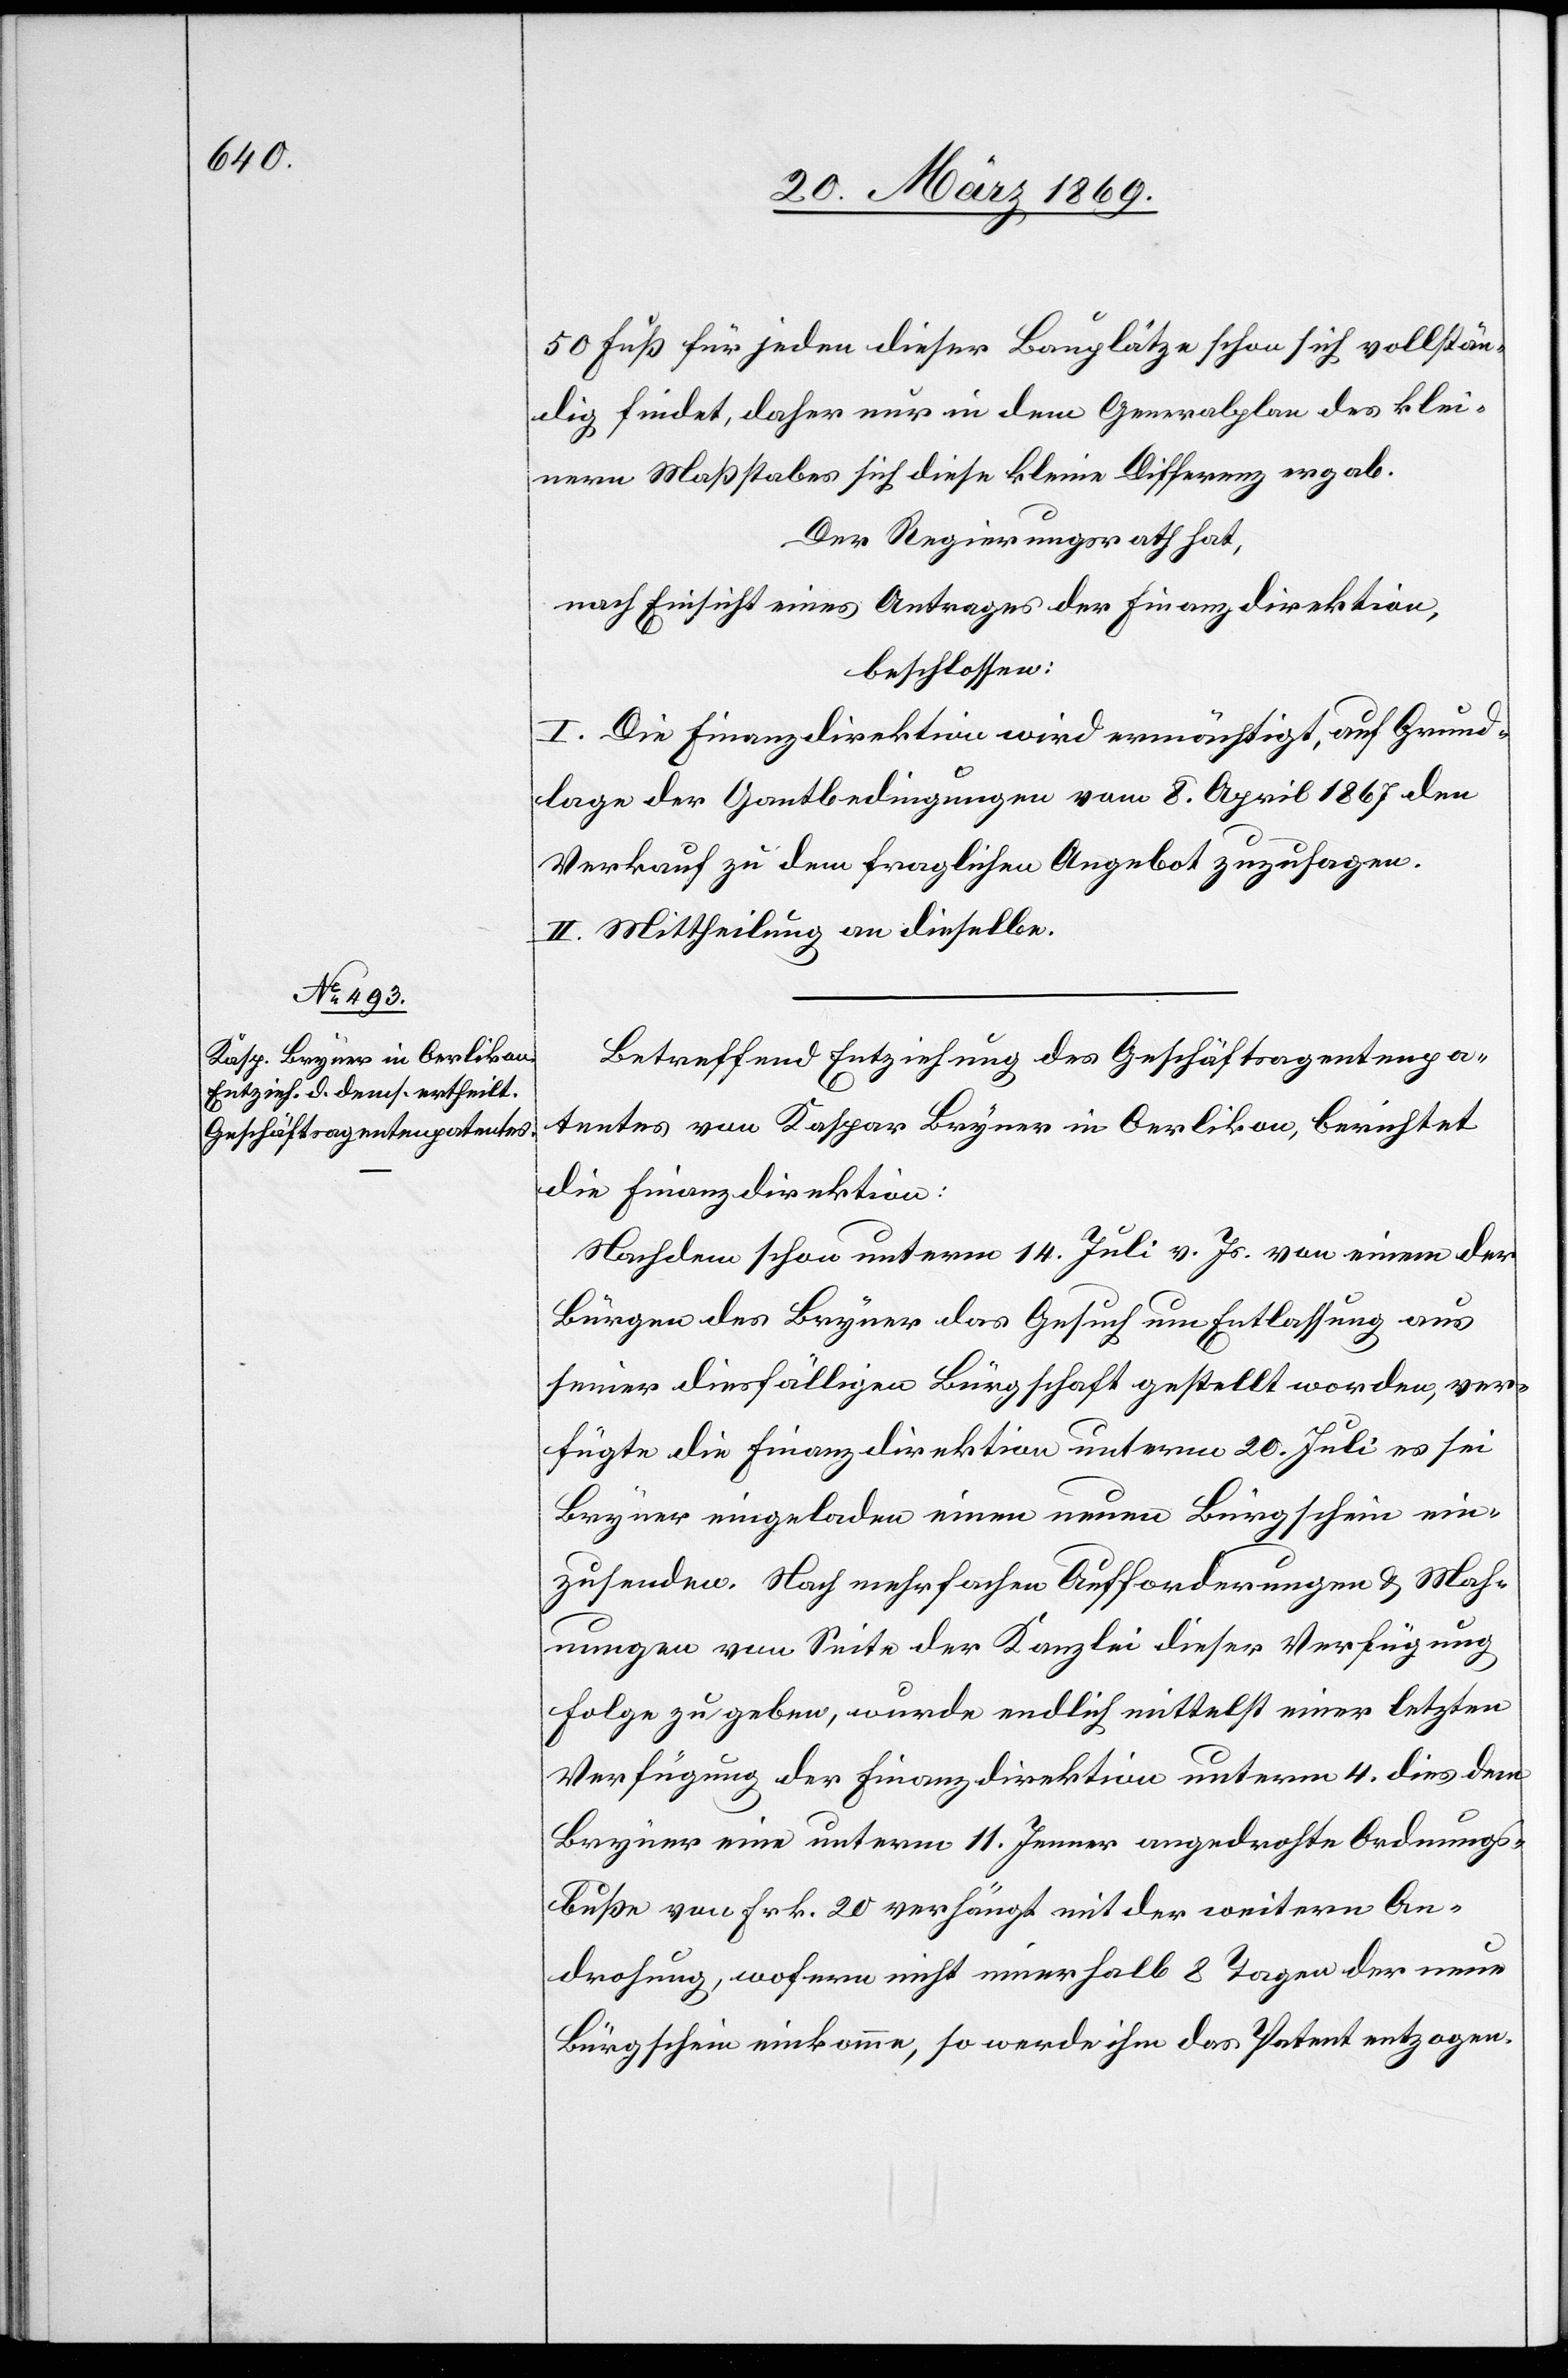
50 Fuß für jeden dieser Bauplätze schon sich vollstän¬
dig findet, daher nur in dem Generalplan des klei¬
nern Maßstabes sich diese kleine Differenz ergab.
Der Regierungsrath hat,
nach Einsicht eines Antrages der Finanzdirektion,
beschlossen:
I. Die Finanzdirektion wird ermächtigt, auf Grund¬
lage der Gantbedingungen vom 8. April 1867 den
Verkauf zu dem fraglichen Angebot zuzusagen.
II. Mittheilung an dieselbe.
Betreffend Entziehung des Geschäftsagentenpa¬
tentes von Kaspar Bryner in Oerlikon, berichtet
die Finanzdirektion:
Nachdem schon unterm 14. Juli v. Js. von einem der
Bürgen des Bryner das Gesuch um Entlassung aus
seiner diesfälligen Bürgschaft gestellt worden, ver¬
fügte die Finanzdirektion unterm 20. Juli es sei
Bryner eingeladen einen neuen Bürgschein ein¬
zusenden. Nach mehrfachen Aufforderungen & Mah¬
nungen von Seite der Kanzlei dieser Verfügung
Folge zu geben, wurde endlich mittelst einer letzten
Verfügung der Finanzdirektion unterm 4. dies dem
Bryner eine unterm 11. Jenner angedrohte Ordnungs¬
buße von Frk. 20 verhängt mit der weitern An¬
drohung, wofern nicht innerhalb 8 Tagen der neue
Bürgschein einkomme, so werde ihm das Patent entzogen.